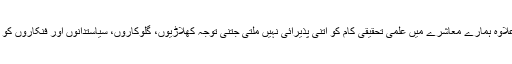
اس کے علاوہ ہمارے معاشرے میں علمی تحقیقی کام کو اتنی پذیرائی نہیں ملتی جتنی توجہ کھلاڑیوں، گلوکاروں، سیاستدانوں اور فنکاروں کو ملتی ہے۔